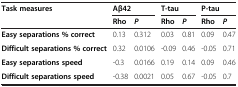
<table><thead><tr><td><b>Task measures</b></td><td colspan="2"><b>Aβ42</b></td><td colspan="2"><b>T-tau</b></td><td colspan="2"><b>P-tau</b></td></tr><tr><td><b> </b></td><td><b>Rho</b></td><td><b><i>P</i></b></td><td><b>Rho</b></td><td><b><i>P</i></b></td><td><b>Rho</b></td><td><b><i>P</i></b></td></tr></thead><tbody><tr><td><b>Easy separations % correct</b></td><td>0.13</td><td>0.312</td><td>0.03</td><td>0.81</td><td>0.09</td><td>0.47</td></tr><tr><td><b>Difficult separations % correct</b></td><td>0.32</td><td>0.0106</td><td>-0.09</td><td>0.46</td><td>-0.05</td><td>0.71</td></tr><tr><td><b>Easy separations speed</b></td><td>-0.3</td><td>0.0166</td><td>0.19</td><td>0.14</td><td>0.09</td><td>0.46</td></tr><tr><td><b>Difficult separations speed</b></td><td>-0.38</td><td>0.0021</td><td>0.05</td><td>0.67</td><td>-0.05</td><td>0.7</td></tr></tbody></table>